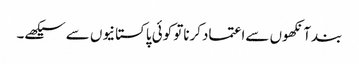
بندآنکھوں سےاعتمادکرناتو کوئی پاکستانیوں سےسیکھے۔